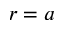
r = a